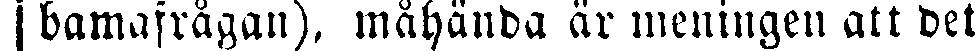
¦ bamafrågan), måhända är meningen att bet